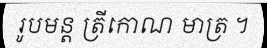
រូបមន្ត ត្រីកោណ មាត្រ ។